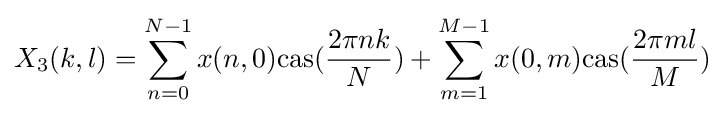
X_{3}(k,l)=\sum _{n=0}^{N-1}x(n,0){\rm {cas}}({\frac {2\pi nk}{N}})+\sum _{m=1}^{M-1}x(0,m){\rm {cas}}({\frac {2\pi ml}{M}})